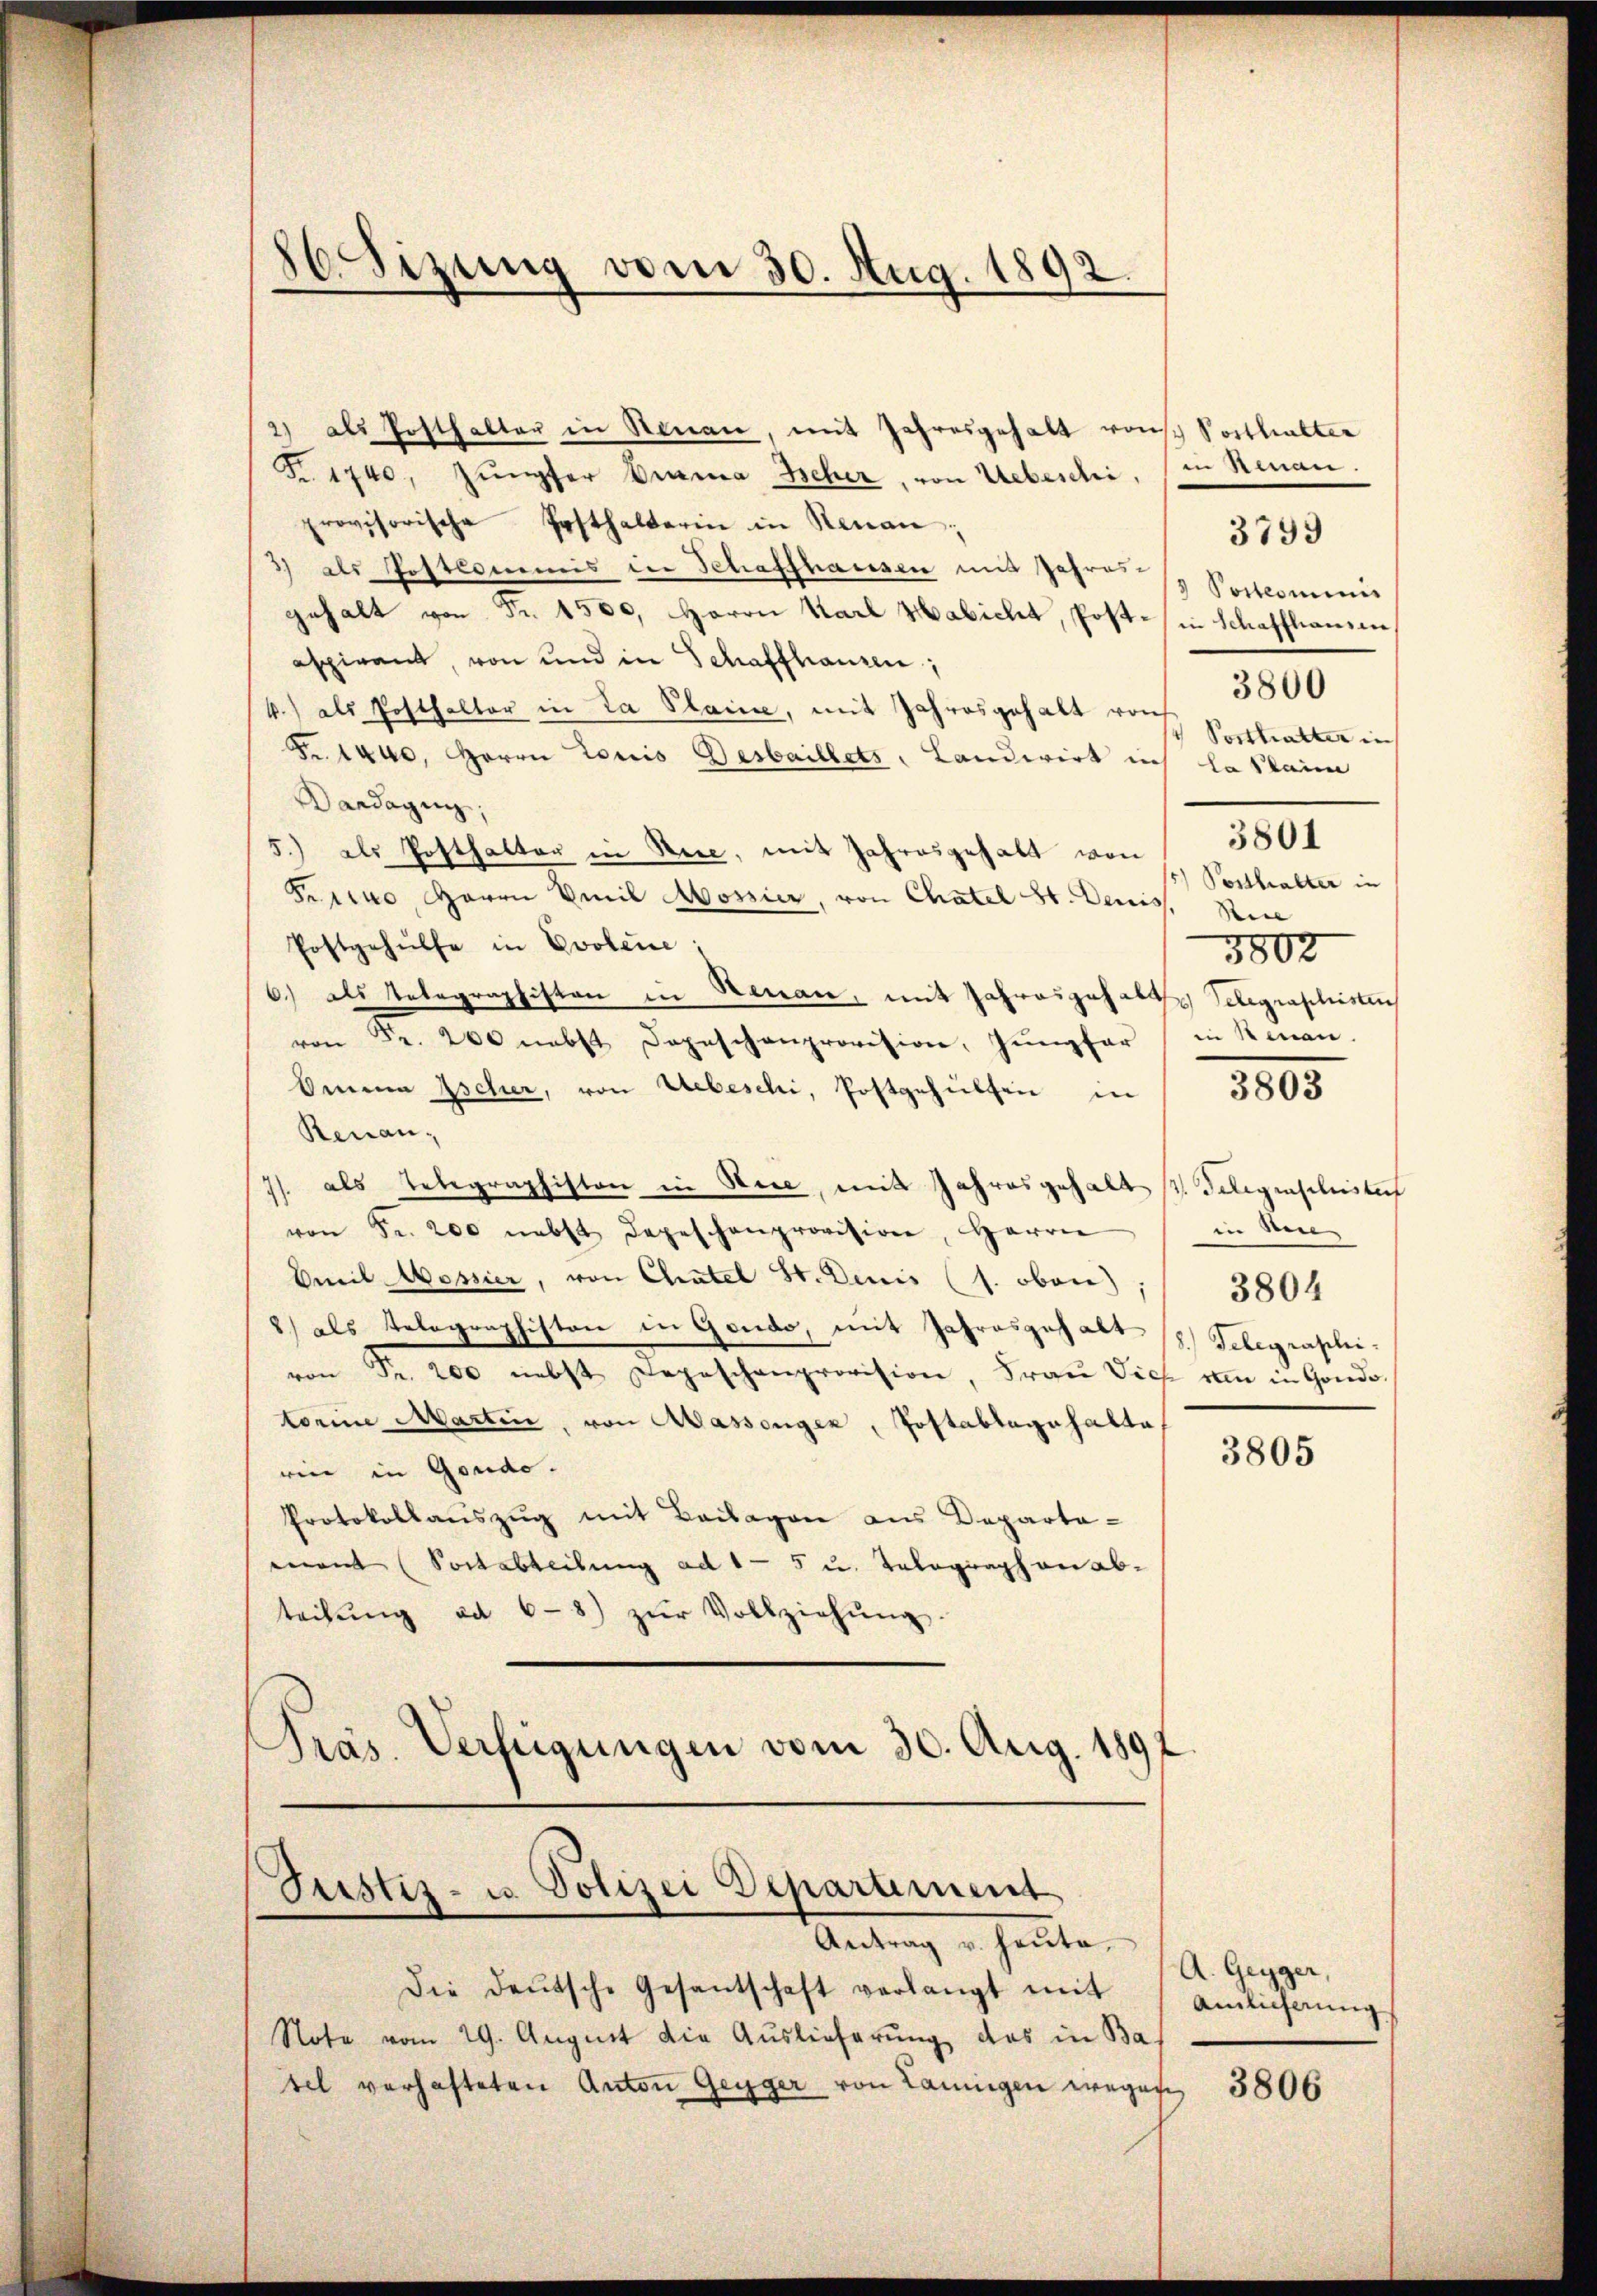
2) als Posthalter in Renau, mit Jahresgehalt vonsch Posthalter
Fr. 1740. Jungfer Bauma Scher, von Uebeschi, in Renau.
provisorische Posthalterin in Renau;
3) als Postkommis der Schaffhausen mit Jahres-
gehalt von Fr. 1500. Herrn Karl Habicht, Post- in Schaffhausen
aspirant, von und in Schaffhausen,
4.) als Posthalter in La Plaine, mit Jahresgehalt von
Fr. 144, Herrn Loris Gesbaillets, Landwirt ins la clain
Dardagin,
5.) als Posthalter in Rede, mit Jahresgehalt von
Frcino, Herrn Emil Mossier, von Chatel St. Deniss. Vice
Postgehülfe in Evolene;
6) als Telegraphisten in Neuan, mit Jahresgehalt Telegraphistens
von Fr. 200 nebst Depeschenprovision, Jungfer in Renan
Omma Escher, von Uebeschi, Postgehülfen in
Renau,
7/. als Telegraphiston in Here, mit Jahresgehalts Gelegenschislich
von Fr. 200 nebst depeschenprovision, Herrn
Emil Mossier, von Chatel St. Denis (s. oben;
2) als Telegraphiston in Gondo, mit Jahresgehalt s. Telegraphi
von Fr. 200 nebst Depeschenprovision, Fraŭ Vieh vmm in Gonde
torine Martin, von Massenger, Postablagehalte
rin in Gondo.
Protokollaŭszŭg mit Beilagen aus Departa-
mant (Portabteilung ad 1 - 5 u. Telegraphan ab-
teilŭng ad 6-8) zŭr Vollziehŭng.
Präs. Verfügungen vom 30. Aug. 1891

86 Sizung vom 30. Aug. 1892.

Justiz- u. Polizei Departement
Antrag u. heute.

Pottcominis
Posthalter in
3801
Posthalter in
3802

Die Deutsche Gesantschaft verlangt mit
Note vom 29. August die Auslieferung das in Bas
tel verhafteten Anton Gegger von Lannigen wegen

3799

3800

3803

in Men
3804

3805

A. Gegger,
Ainlicherung

3806